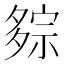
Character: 𰋕